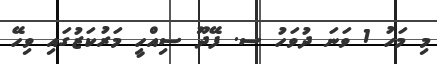
މި މަހު 1 ވަނަ ދުވަހު ސ. ފޭދޫ ސިއްހީ މަރުކަޒުގައި ވިހޭ